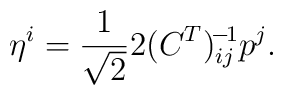
\eta^{i}=\frac{1}{\sqrt{2}}2(C^{T})^{\!-\!1}_{ij}p^{j}.